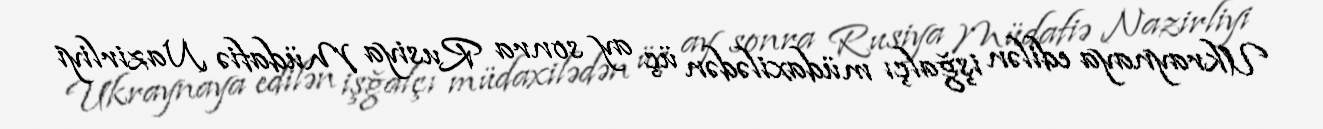
Ukraynaya edilən işğalçı müdaxilədən üç ay sonra Rusiya Müdafiə Nazirliyi